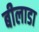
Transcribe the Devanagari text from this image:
बीलाडा